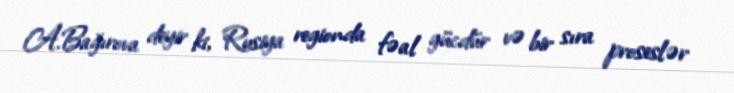
A.Bağırova deyir ki, Rusiya regionda fəal gücdür və bir sıra proseslər